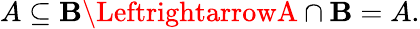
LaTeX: A\subseteq\mathbf{B}\LeftrightarrowA\cap\mathbf{B}=A.